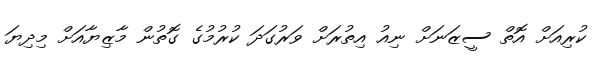
ކުރިއަށް އޮތް ސީޒަނަށް ނިއު އިތުރަށް ވަރުގަދަ ކުރުމުގެ ގޮތުން މާޒިޔާއަށް މިދިޔަ